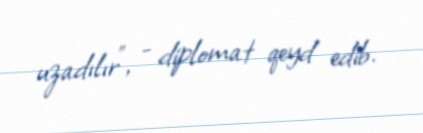
uzadılır”, - diplomat qeyd edib.